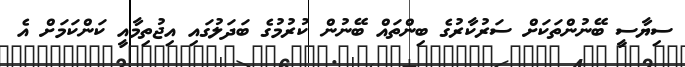
ސިޔާސީ ބޭނުންތަކަށް ސަރުކާރުގެ ބިންތައް ބޭނުން ކުރުމުގެ ބަދަލުގައި އިޖުތިމާއީ ކަންކަމަށް އެ